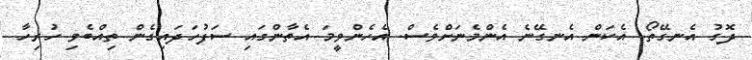
ދޮގު އެނގޭތޯ. އެކަން އެނގޭނެ އެންމެނަށްވެސް. އެހެންވީމަ އެތާންގައި ސަފުހަދައިގެން ތިއްބެވި ހުރިހާ